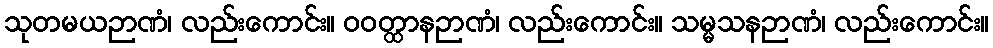
သုတမယဉာဏံ၊ လည်းကောင်း။ ဝဝတ္ထာနဉာဏံ၊ လည်းကောင်း။ သမ္မသနဉာဏံ၊ လည်းကောင်း။